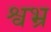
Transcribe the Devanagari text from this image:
श्वभ्र